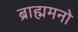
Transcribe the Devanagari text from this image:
ब्राह्ममनो